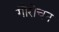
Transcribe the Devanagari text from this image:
गौरोचन